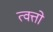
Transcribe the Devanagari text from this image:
त्वत्तो